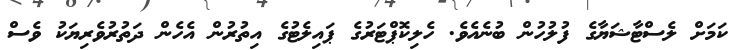
ކަމަށް ލެސްޓާޝަޔާގެ ފުލުހުން ބުނެއެވެ. ހެލިކޮޕްޓަރުގެ ޕައިލެޓުގެ އިތުރުން އެހެން ދަތުރުވެރިޔަކު ވެސް